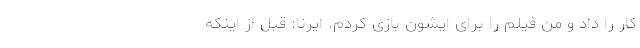
کار را داد و من فیلم را برای ایشون بازی کردم. ایرنا: قبل از اینکه